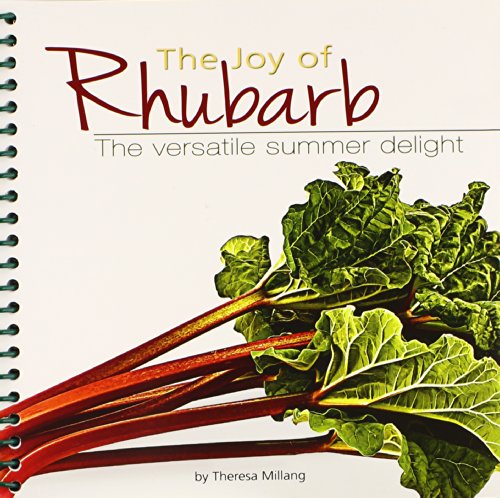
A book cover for The Joy of Rhubarb: The Versatile Summer Delight; Theresa Millang; Cookbooks, Food & Wine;